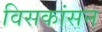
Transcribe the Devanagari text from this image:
विसकांसन